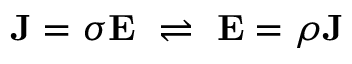
\mathbf { J } = { \boldsymbol { \sigma } } \mathbf { E } \, \, \rightleftharpoons \, \, \mathbf { E } = { \boldsymbol { \rho } } \mathbf { J } \,